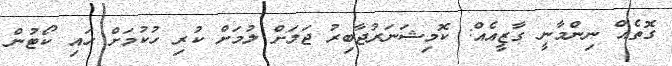
ގޮތެއް ނިންމާނީ ގާޒީއެއް: ކޮމިޝަނަރުޖާބިރު ޖަލަށް ލުމަށް ކުރި ހުކުމަށް ހައި ކޯޓުން